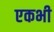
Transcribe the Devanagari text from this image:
एकभी